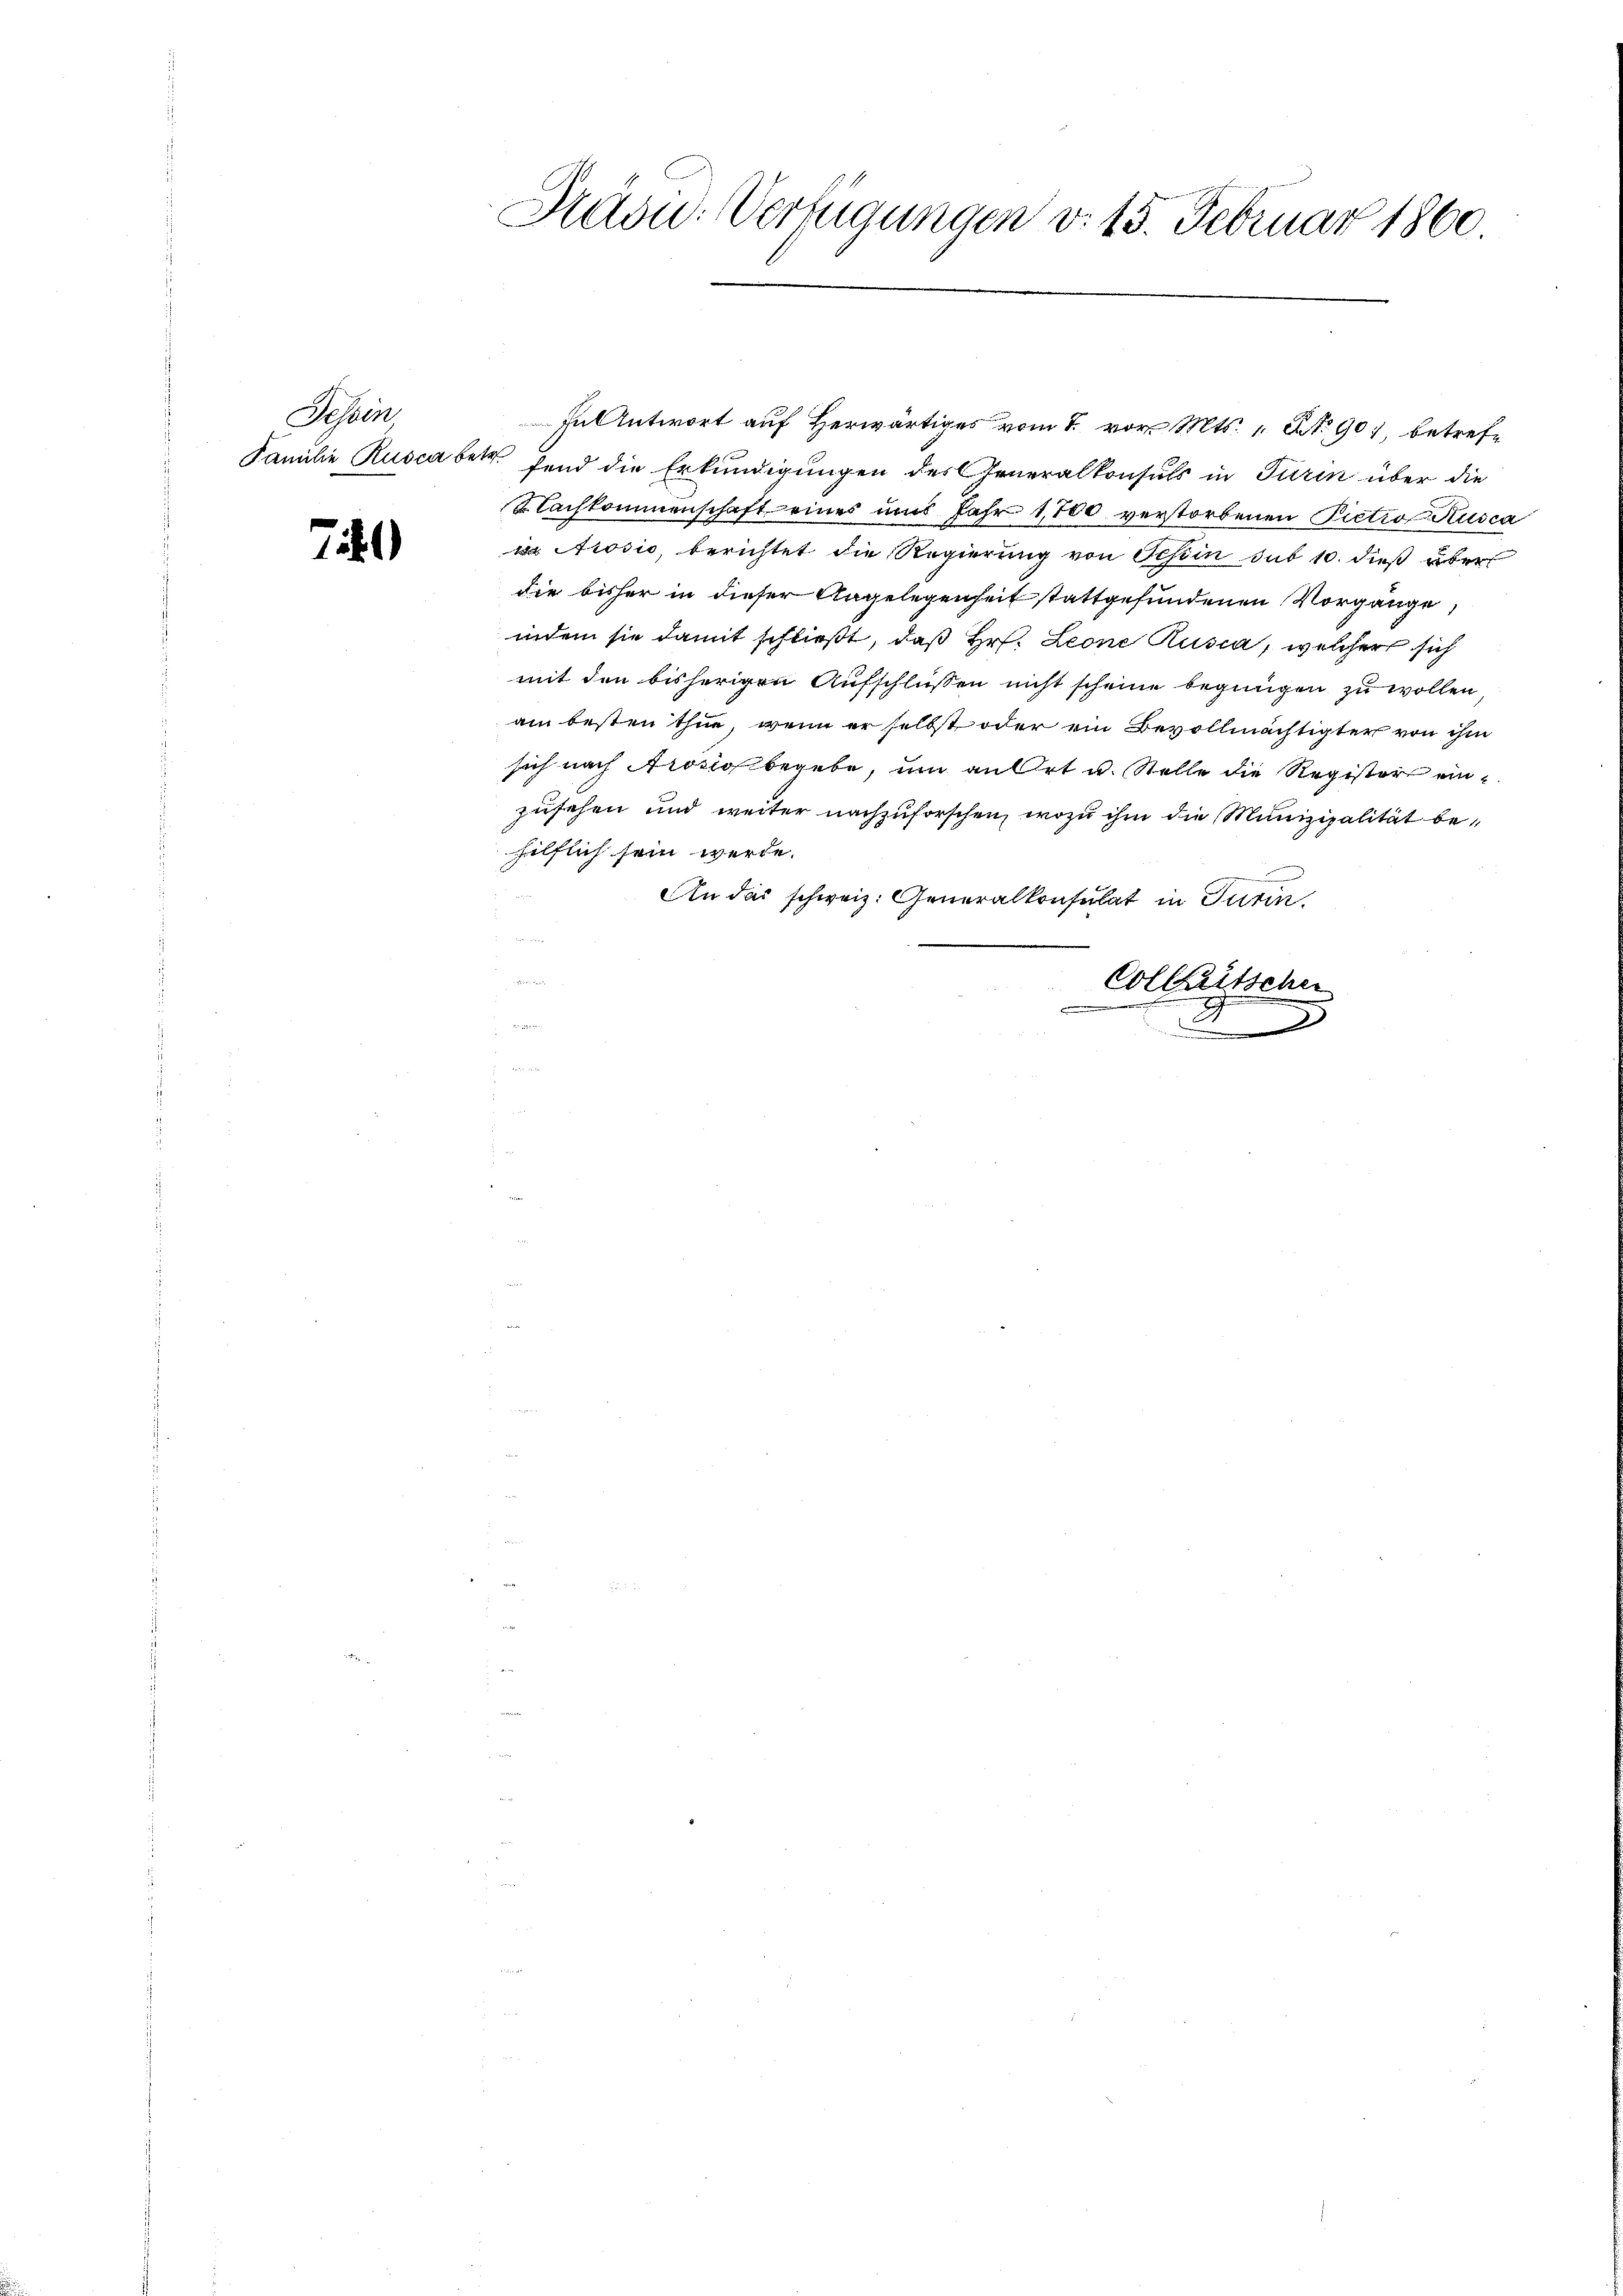
Seper

74

Prau. Verfügungen v. 15. Februar 1860.

In Antwort auf Herwärtiges vom 7. vor. Mts. No 901, betref¬
Famulie Ruscaber fand die Erkundigungen des Generalkonsuls in Turin über die
achkommenschaft eines uns Jahr 1,700 verstorbenen Pictio Pusca
 Nrosić, berichtet die Regierung von Schin sub 10. dieß über
die bisher in dieser Angelegenheit stattgefundenen Vorgänge
indem sie damit schließt, daß Hr. Leone Rusca, welcher sich
mit den bisherigen Aufschlüssen nicht scheine begingen zu wollen,
am besten thue, wenn er selbst oder ein Bevollmächtigter von ihm
sich nach Proclos begebe, um an Ort u. Stelle die Register ein
zusehen und weiter nachzuforschen, wozu ihm die Munizipalität behilflich sein werde.
An das schweiz. Generalkonsulat in Turin
.
Collertschen
2
2